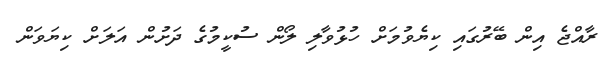
ރާއްޖެ އިން ބޭރުގައި ކިޔެވުމަށް ހުޅުވާލި ލޯން ސުކީމުގެ ދަށުން އަލަށް ކިޔަވަން